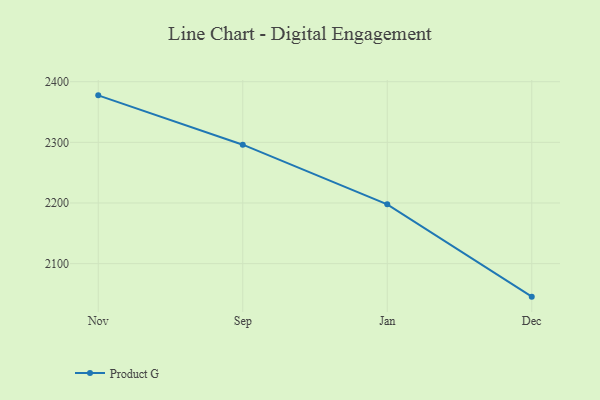
{"axis": {"x": "Month", "y": "Website Visitors"}, "legend": ["Product G"], "data": [{"x": "Nov", "y": 2377.5, "type": "Product G"}, {"x": "Sep", "y": 2296.1, "type": "Product G"}, {"x": "Jan", "y": 2197.7, "type": "Product G"}, {"x": "Dec", "y": 2045.5, "type": "Product G"}]}